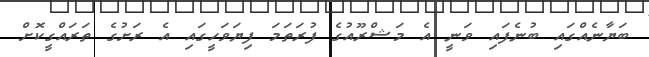
ބަޔާނެއްގައި ބުނެފައި ވަނީ އެ މަޝްރޫއުގެ ފުރަތަމަ ފިޔަވަހީގައި އެ ރަށުގެ ތަަރައްގީކޮށް